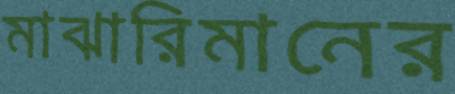
মাঝারিমানের